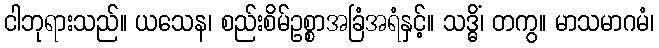
ငါဘုရားသည်။ ယသေန၊ စည်းစိမ်ဥစ္စာအခြံအရံနှင့်။ သဒ္ဓိံ၊ တကွ။ မာသမာဂမံ၊